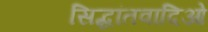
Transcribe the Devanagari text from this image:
सिद्धांतवादिओ